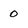
Character: 0